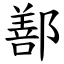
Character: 鄯